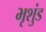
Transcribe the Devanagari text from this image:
भृशुंड